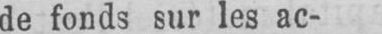
de fonds sur les ac-